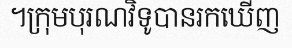
។ក្រុមបុរណវិទូបានរកឃើញ